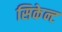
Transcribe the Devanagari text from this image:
सिकेन्ट